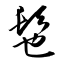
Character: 髢